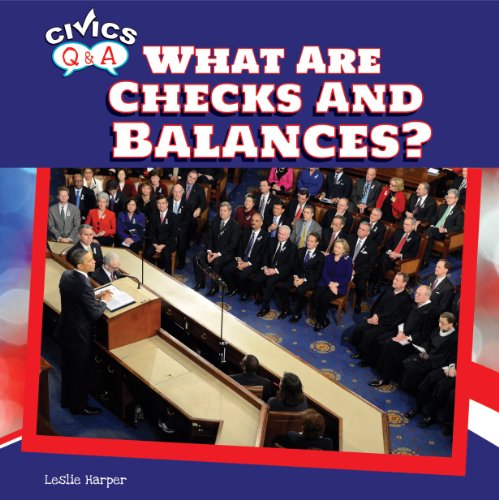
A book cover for What Are Checks and Balances? (Civics Q&A (Powerkids)); Leslie Harper; Children's Books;